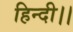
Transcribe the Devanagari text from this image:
हिन्दी।।